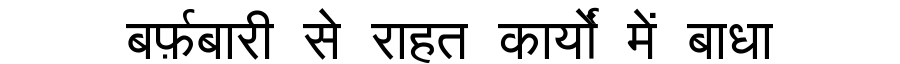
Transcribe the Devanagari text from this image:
बर्फ़बारी से राहत कार्यों में बाधा